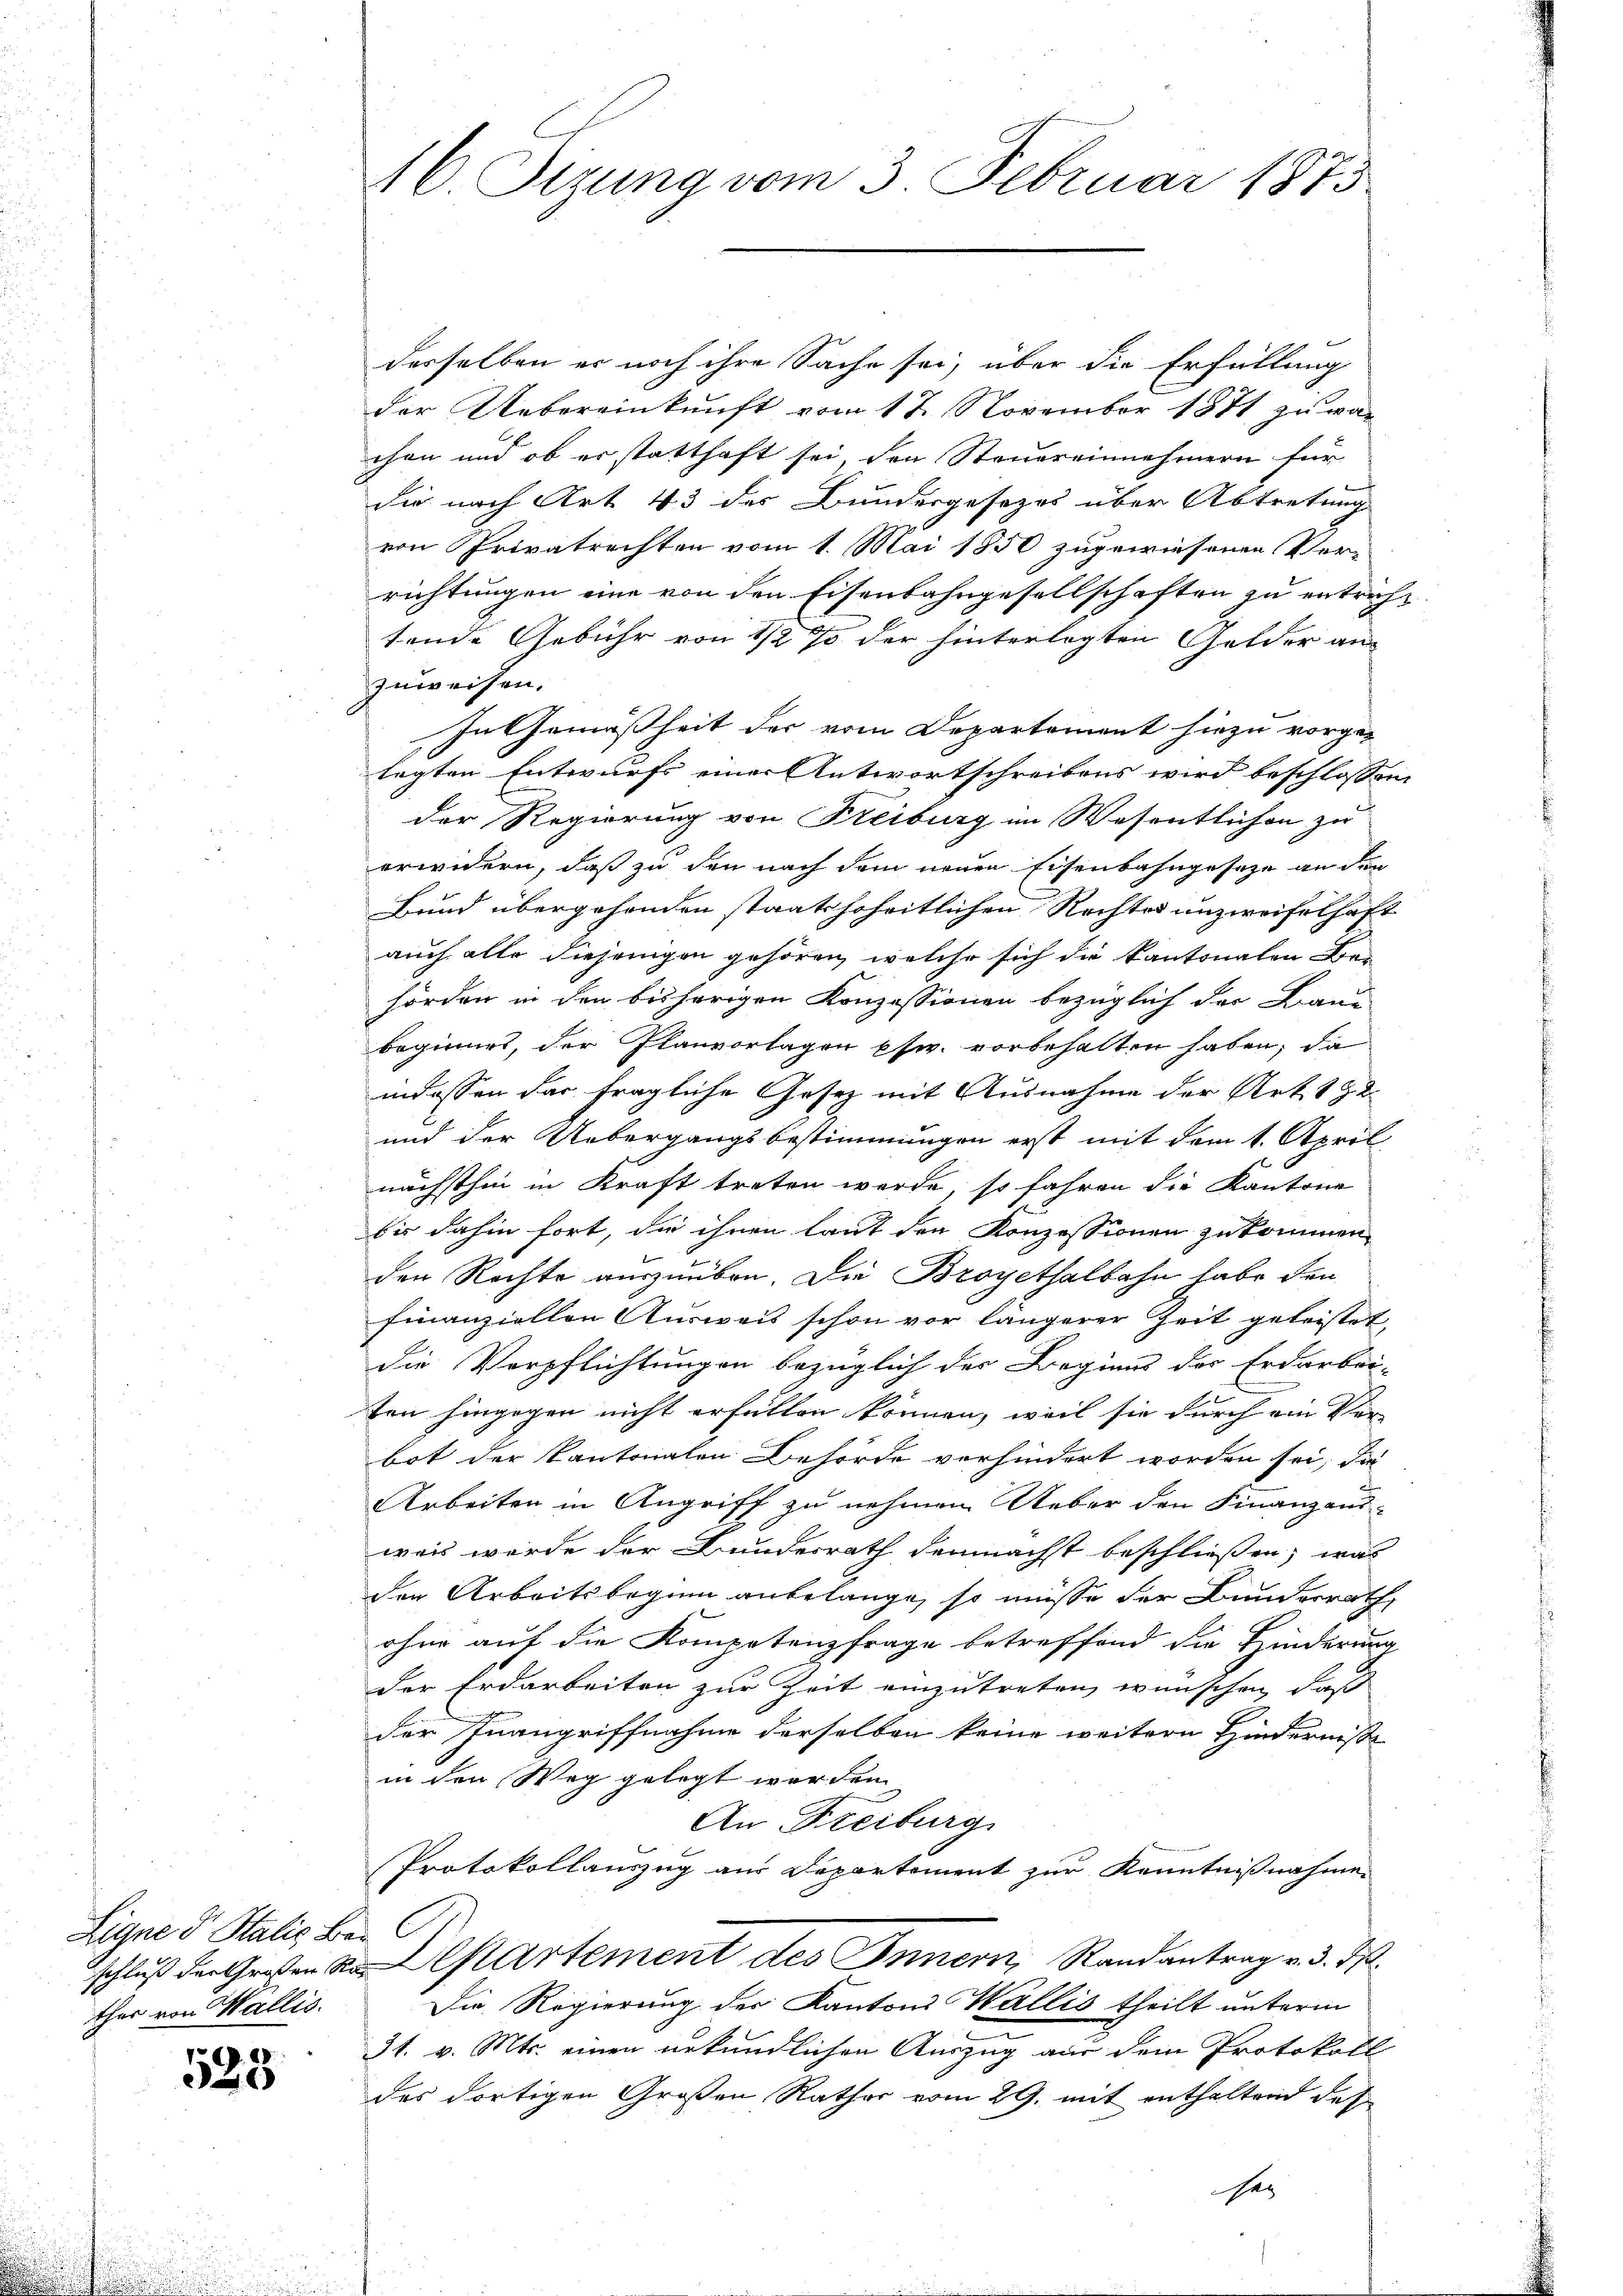
Ligne dr Stalis Ber
ther von Wallis.

. 23.
26)

. Sizung vom 3. Februar 1873

desselben er noch ihre Sache sei, über die Erfüllung
der Uebereinkunft vom 17. November 1871 zu war
chen und ob er statthaft sei, den Steuereinnehmern für
die nach Art. 43 der Bundergesezes über Abtretung
von Privatrechten vom 1. Mai 1850 zugewiesenen Verrichtungen eine von den Eisenbahngesellschaften zu entricht
tende Gebühr von 1/2 % der hinterlegten Gelder an
zuweisen.
In Gemäßheit der vom Departement hiezu vorgelegten Entwurfs einer Antwortschreibens wird beschlossen,
der Regierung von Freiburg im Wesentlichen zu
erwidern, daß zu den nach dem neuen Eisenbahngesetze an den
Bund übergehenden staatshoheitlichen Rechtes unzweifelhaft
auch alle diejenigen gehören, welche sich die kantonalen Behörden in den bisherigen Konzessionen bezüglich der Band
beginnes, der Planvorlagen psw. vorbehalten haben, da
indessen das fragliche Gesetz mit Ausnahme der Art. 1 & 2.
und der Uebergangsbestimmungen erst mit dem 1. April
nächsthin in Kraft treten werde, so fahren die Kantone
bis dahin fort, die ihnen laut den Konzessionen zukommen,
den Rechte auszuüben. Die Broyethalbahn habe den
finanziellen Ausweis schon vor längerer Zeit geleistet,
die Verpflichtungen bezüglich des Beginns der Erdarbei-
ten hingegen nicht erfüllen können, weil sie durch ein Ver-
bot der Kantonalen Behörde verhindert worden sei, da
Arbeiten in Angriff zu nehmen Ueber den Finanzanswais wurde der Bundesrath demnächst beschließen, was
den Arbeitsbeginn anbelange, so müsse der Bunderrath
ohne auf die Kompetenzfrage betreffend die Hinderung
der Erdarbeiten zur Zeit einzutreten wünschen, daß
der Inangriffnahme derselben keine weitern Hindernisse
in den Weg gelegt worden.
An Freiburg
Protokollauszug aus Departement zur Kenntnißnahme
schluß der Großen a. Departement des Innern, Randantrag v. 3. ds.
Die Regierung der Kantons Wallis theilt unterm
31. v. Mts. einen urkundlichen Auszug aus dem Protokoll
des dortigen Großen Rathes vom 29. mit enthaltend des
sei